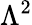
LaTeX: \Lambda^{2}